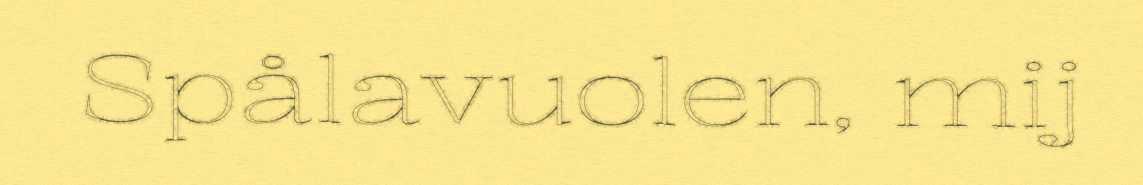
Spålavuolen, mij